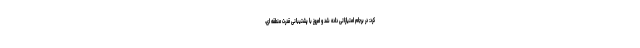
کرد: در برجام امتیازاتی داده شد و امروز با پشتیبانی قدرت منطقه ای،